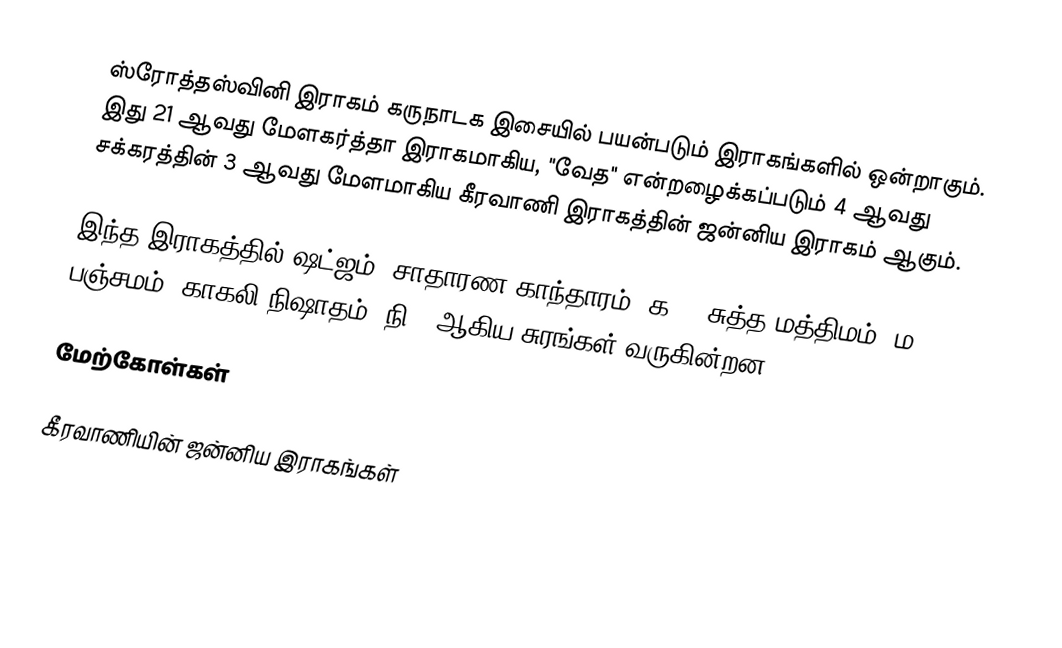
ஸ்ரோத்தஸ்வினி இராகம் கருநாடக இசையில் பயன்படும் இராகங்களில் ஒன்றாகும். இது 21 ஆவது மேளகர்த்தா இராகமாகிய, "வேத" என்றழைக்கப்படும் 4 ஆவது சக்கரத்தின் 3 ஆவது மேளமாகிய கீரவாணி இராகத்தின் ஜன்னிய இராகம் ஆகும்.

இந்த இராகத்தில் ஷட்ஜம், சாதாரண காந்தாரம் (க2), சுத்த மத்திமம் (ம1), பஞ்சமம், காகலி நிஷாதம் (நி3) ஆகிய சுரங்கள் வருகின்றன.

மேற்கோள்கள்

கீரவாணியின் ஜன்னிய இராகங்கள்